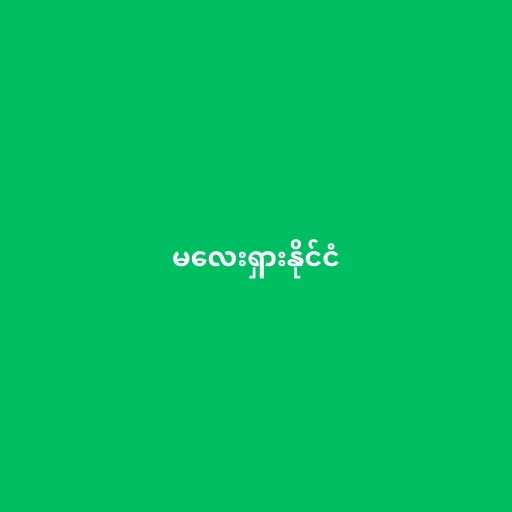
မလေးရှားနိုင်ငံ